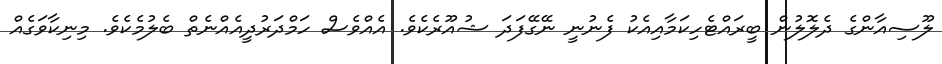
ލޫސިއާންގެ ދެލޮލުން ބީރައްޓެހިކަމާއިއެކު ފެނުނީ ނޭގޭފަދަ ޝުއޫރެކެވެ. އެއްވެސް ހަމްދަރުދީއެއްނެތް ބެލުމެކެވެ. މިނިކާވަގެއް